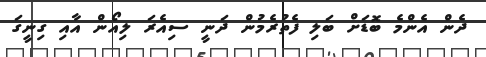
ދެން އެންމެ ބޮޑަށް ބަލި ފެތުރެމުން ދަނީ ސިއެރަ ލިއޯން އާއި ގިނީގަ